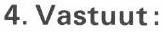
4. Vastuut: